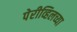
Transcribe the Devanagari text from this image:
पेरीव्हिलच्या